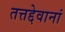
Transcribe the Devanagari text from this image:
तत्तद्देवानां